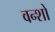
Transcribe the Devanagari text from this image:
वन्शों